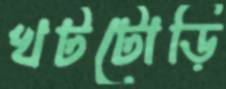
খটটোড়ি